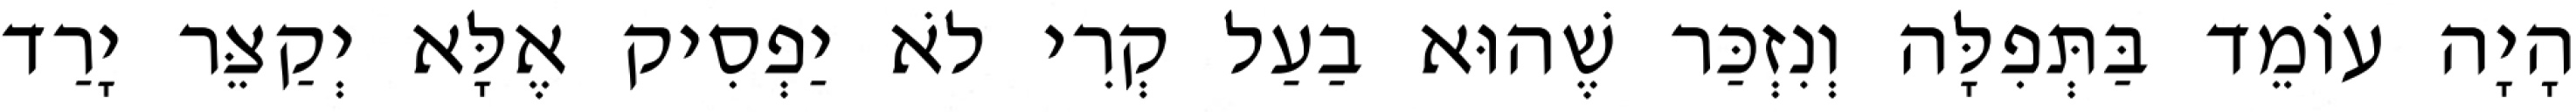
הָיָה עוֹמֵד בַּתְּפִלָּה וְנִזְכַּר שֶׁהוּא בַעַל קְרִי לֹא יַפְסִיק אֶלָּא יְקַצֵּר יָרַד